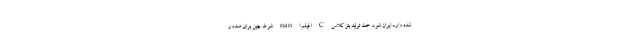
شده وارد ایران شود. خط تولید بنز کلاس C (فیلم) nan شرط چین برای صدور